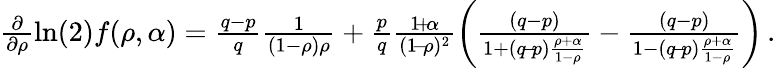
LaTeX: \begin{array}{r}{\frac{\partial}{\partial\rho}\ln(2)f(\rho,\alpha)=\frac{q-p}{q}\frac{1}{(1-\rho)\rho}+\frac{p}{q}\frac{1\! +\! \alpha}{(1\! -\! \rho)^{2}}\left(\frac{(q-p)}{1+(q\! -\! p)\frac{\rho+\alpha}{1-\rho}}-\frac{(q-p)}{1-(q\! -\! p)\frac{\rho+\alpha}{1-\rho}}\right)\, .}\end{array}